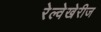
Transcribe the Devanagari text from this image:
रेल्वेखेरीज